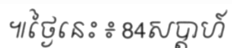
៕ថ្ងៃនេះ ៖ 84សប្តាហ៍